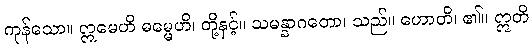
ကုန်သော။ ဣမေဟိ ဓမ္မေဟိ၊ တို့နှင့်။ သမန္နာဂတော၊ သည်။ ဟောတိ၊ ၏။ ဣတိ